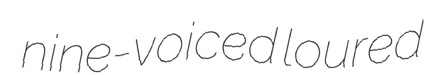
nine-voiced loured